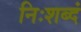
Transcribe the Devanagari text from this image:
निःशब्दं